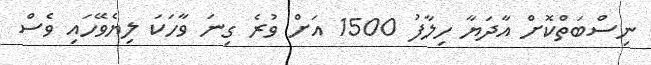
ނިސްބަތްކޮށް އާދަޔާ ހިލާފު 1500 އަށް ވުރެ ގިނަ ވާހަކަ ލިޔެވޭހައި ވެސް